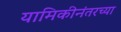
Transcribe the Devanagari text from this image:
यामिकीनंतरच्या